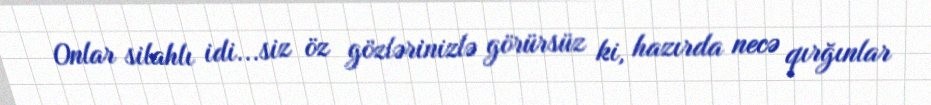
Onlar silahlı idi...siz öz gözlərinizlə görürsüz ki, hazırda necə qırğınlar